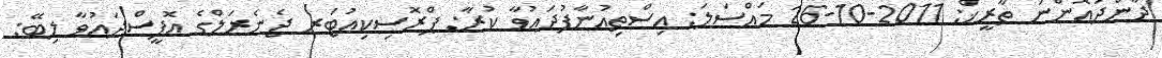
ދާންދުއޮންނަ ތާރީޚް: 2011-10-26 މައްސަލަ: އިސްތިޢުނާފުދައުވާ ކުރާ: ޕްރޮސިކިއުޓަރ ޖެނެރަލްގެ އޮފީސްދައުވާ ލިބޭ: